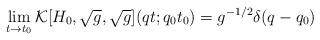
LaTeX: \begin{align*}\lim _{t \rightarrow t_0} {\cal K}[H_0, \sqrt{g},\sqrt{g}](qt;q_0t_0) = g^{-1/2} \delta(q-q_0)\end{align*}